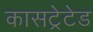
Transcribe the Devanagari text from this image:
कासट्रेटेड